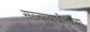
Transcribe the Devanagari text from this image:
सरन्यायाधीशांच्या